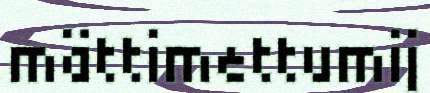
mättimettumij